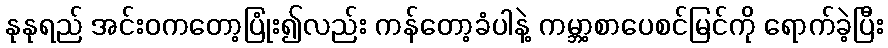
နုနုရည် အင်းဝကတော့ပြုံး၍လည်း ကန်တော့ခံပါနဲ့ ကမ္ဘာ့စာပေစင်မြင်ကို ရောက်ခဲ့ပြီး